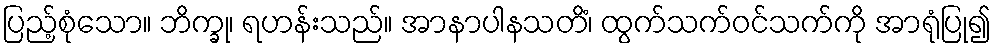
ပြည့်စုံသော။ ဘိက္ခု၊ ရဟန်းသည်။ အာနာပါနသတိံ၊ ထွက်သက်ဝင်သက်ကို အာရုံပြု၍